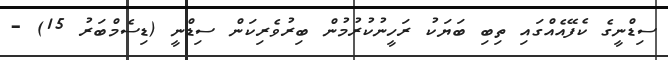
ސިޑްނީގެ ކެފޭއެއްގައި ތިބި ބަޔަކު ރަހީނުކުރުމުން ބިރުވެރިކަން ސިޑްނީ (ޑިސެމްބަރު 15) -